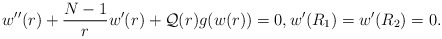
\begin{align*}w''(r) + \dfrac{N-1}{r}w'(r) + {\mathcal{Q}}(r) g(w(r)) = 0, w'(R_{1}) = w'(R_{2}) = 0.\end{align*}